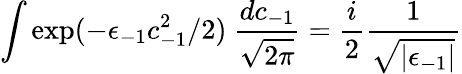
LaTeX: \int\exp(-\epsilon_{-1}c_{-1}^{2}/2)\ {\frac{dc_{-1}}{\sqrt{2\pi}}}={\frac{i}{2}}{\frac{1}{\sqrt{\vert\epsilon_{-1}\vert}}}